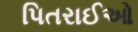
પિતરાઈઓ